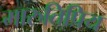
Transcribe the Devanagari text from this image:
मारुतिप्रिय